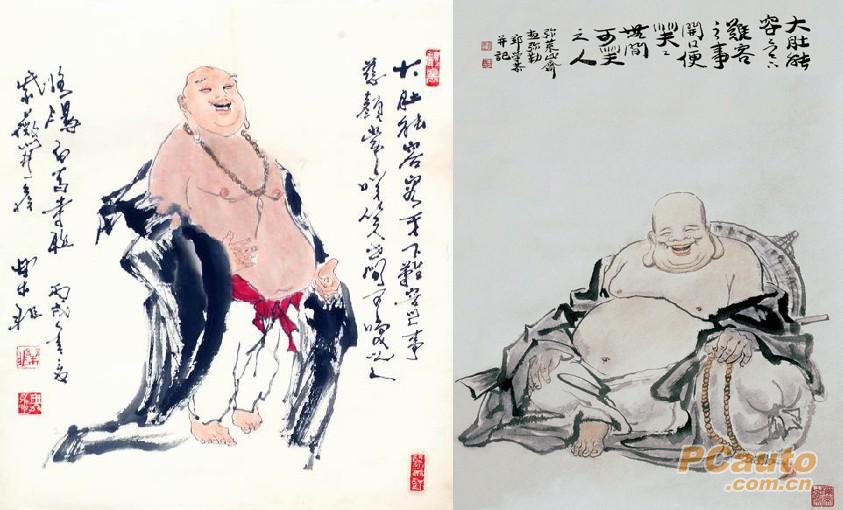
且夫义者政也，无从下之政上，必从上之政下。